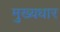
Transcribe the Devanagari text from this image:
मुख्यधार